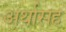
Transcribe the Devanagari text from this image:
अर्थासह